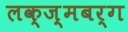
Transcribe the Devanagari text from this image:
लक्ज़्मबर्ग